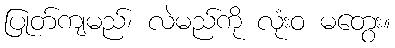
ပြုတ်ကျမည်၊ လဲမည်ကို လုံးဝ မတွေး။